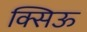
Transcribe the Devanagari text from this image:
क्सिऊ